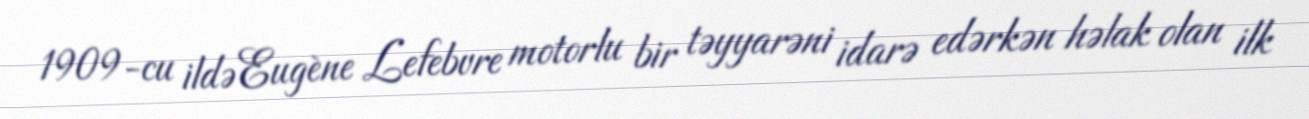
1909-cu ildə Eugène Lefebvre motorlu bir təyyarəni idarə edərkən həlak olan ilk